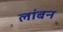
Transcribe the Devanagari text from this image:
लांबन